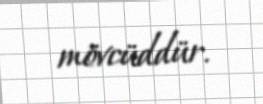
mövcüddür.